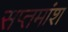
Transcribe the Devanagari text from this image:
सप्तमांश